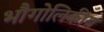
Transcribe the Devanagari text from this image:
भौगोलिकीय